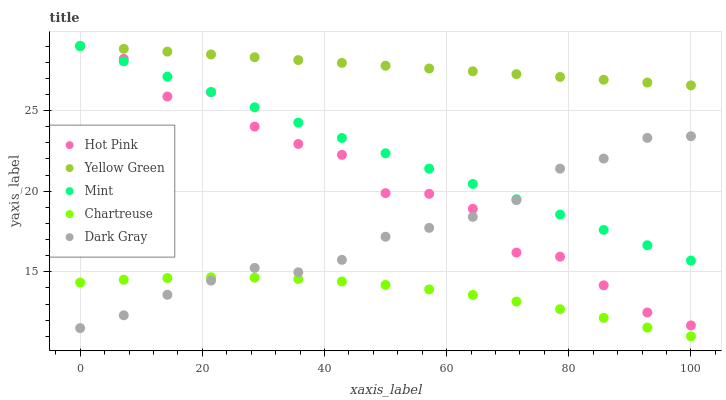
| xaxis_label | Hot Pink | Yellow Green | Mint | Chartreuse | Dark Gray |
 | --- | --- | --- | --- | --- | --- |
 | 0 | 29 | 29 | 29 | 14.3 | 11.5 |
 | 7.14 | 28.2 | 28.8 | 28 | 14.5 | 12.3 |
 | 14.3 | 25.9 | 28.7 | 27.1 | 14.6 | 13.6 |
 | 21.4 | 26.1 | 28.5 | 26.1 | 14.7 | 14.5 |
 | 28.6 | 24 | 28.3 | 25.2 | 14.6 | 15.2 |
 | 35.7 | 22.9 | 28.1 | 24.2 | 14.5 | 15 |
 | 42.9 | 22.3 | 28 | 23.3 | 14.4 | 15.7 |
 | 50 | 19.9 | 27.8 | 22.3 | 14.2 | 17.2 |
 | 57.1 | 19.8 | 27.6 | 21.4 | 13.9 | 17.7 |
 | 64.3 | 18.9 | 27.4 | 20.4 | 13.6 | 18.4 |
 | 71.4 | 16.2 | 27.3 | 19.5 | 13.2 | 19.4 |
 | 78.6 | 15.9 | 27.1 | 18.5 | 12.7 | 21.4 |
 | 85.7 | 14.2 | 26.9 | 17.6 | 12.1 | 22 |
 | 92.9 | 12.5 | 26.7 | 16.6 | 11.5 | 23.3 |
 | 100 | 11.7 | 26.6 | 15.7 | 11 | 23.4 |